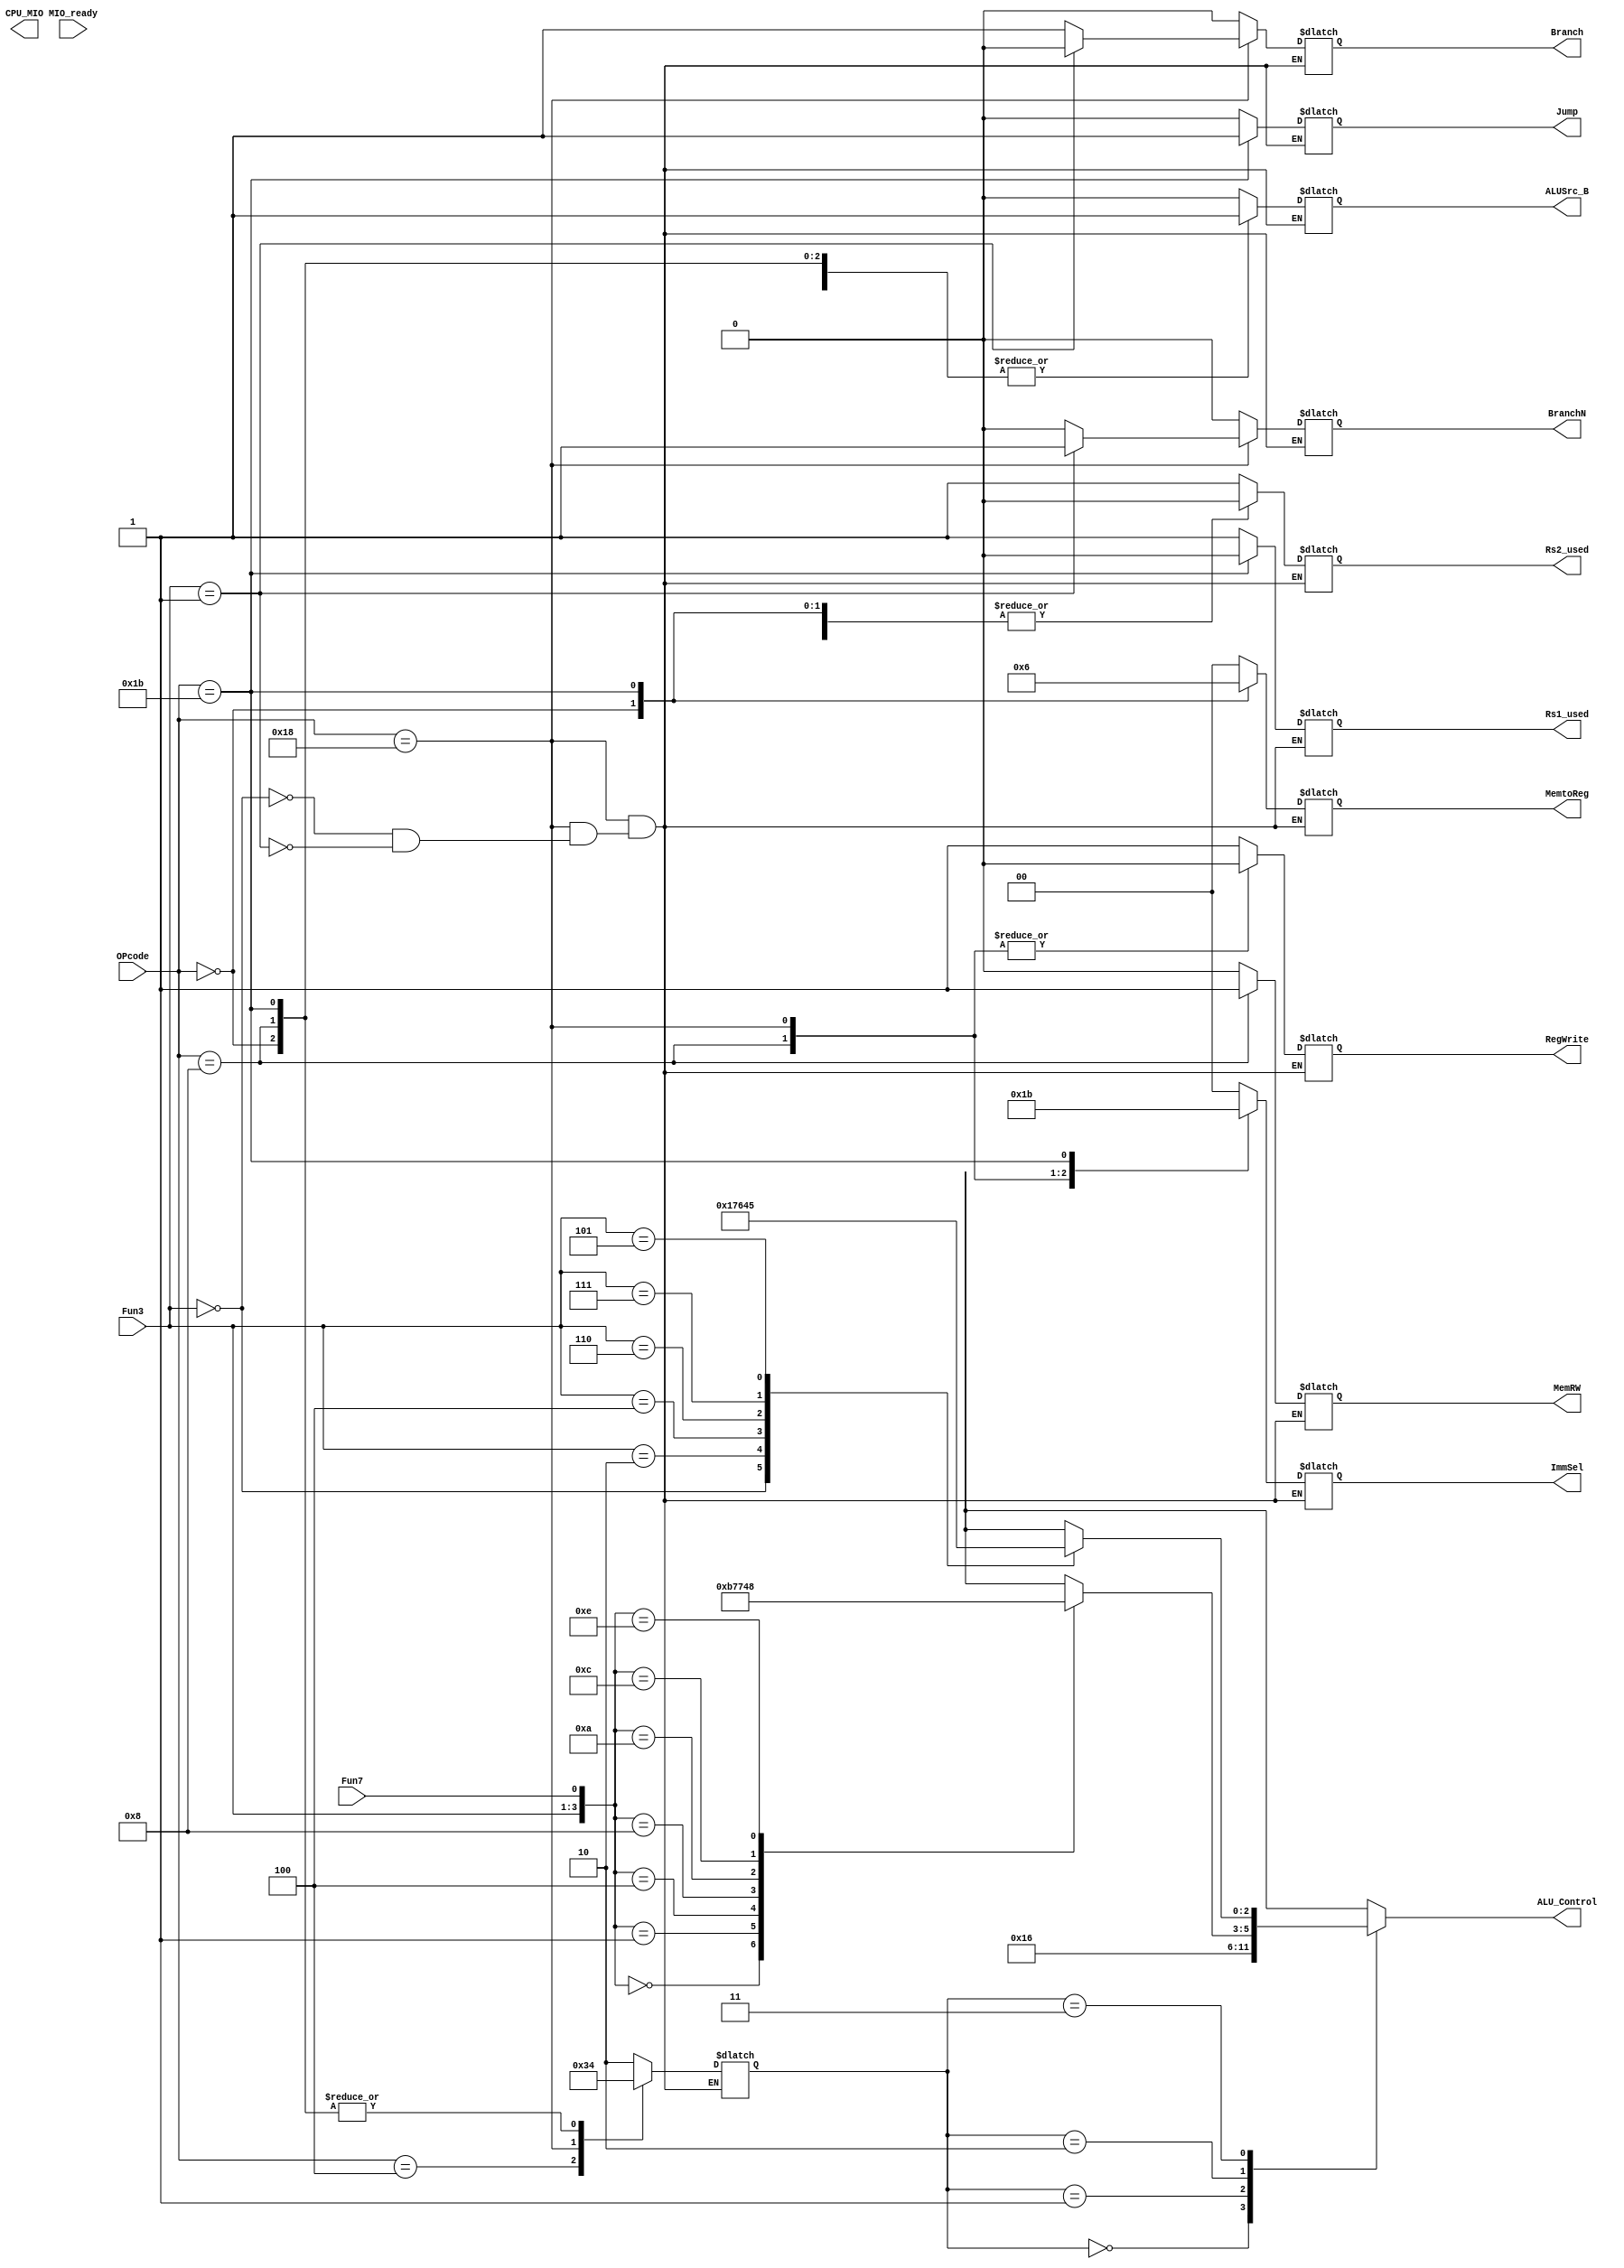
`timescale 1ns / 1ps
//////////////////////////////////////////////////////////////////////////////////
// Company: 
// Engineer: 
// 
// Design Name: 
// Module Name: SCPU_ctrl
// Project Name: 
// Target Devices: 
// Tool Versions: 
// Description: 
// 
// Dependencies: 
// 
// Revision:
// Revision 0.01 - File Created
// Additional Comments:
// 
//////////////////////////////////////////////////////////////////////////////////


module SCPU_ctrl(
input wire[4:0] OPcode,
input wire[2:0] Fun3,
input wire Fun7,
input wire MIO_ready,
output reg[1:0] ImmSel,
output reg ALUSrc_B,
output reg[1:0] MemtoReg,
output reg Jump, 
output reg Branch,
output reg BranchN,
output reg RegWrite,
output reg MemRW,
output reg[2:0] ALU_Control,
output reg CPU_MIO,
output reg Rs1_used,
output reg Rs2_used
    );
    reg[1:0] ALUop;
    wire[3:0] Fun;
    assign Fun={Fun3,Fun7};
    always@(*)
    begin
        case(OPcode)
        5'b01100: {ALUSrc_B,MemtoReg,RegWrite,MemRW,Branch,Jump,ALUop,ImmSel,BranchN,Rs1_used,Rs2_used} = 14'b0_00_1_0_0_0_10_00_0_11;
        5'b00100: {ALUSrc_B,MemtoReg,RegWrite,MemRW,Branch,Jump,ALUop,ImmSel,BranchN,Rs1_used,Rs2_used} = 14'b1_00_1_0_0_0_11_00_0_10;
        5'b00000: {ALUSrc_B,MemtoReg,RegWrite,MemRW,Branch,Jump,ALUop,ImmSel,BranchN,Rs1_used,Rs2_used} = 14'b1_01_1_0_0_0_00_00_0_10;
        5'b01000: {ALUSrc_B,MemtoReg,RegWrite,MemRW,Branch,Jump,ALUop,ImmSel,BranchN,Rs1_used,Rs2_used} = 14'b1_00_0_1_0_0_00_01_0_11;
        5'b11000: 
            case(Fun3)
            3'b000:{ALUSrc_B,MemtoReg,RegWrite,MemRW,Branch,Jump,ALUop,ImmSel,BranchN,Rs1_used,Rs2_used} = 14'b0_00_0_0_1_0_01_10_0_11;
            3'b001:{ALUSrc_B,MemtoReg,RegWrite,MemRW,Branch,Jump,ALUop,ImmSel,BranchN,Rs1_used,Rs2_used} = 14'b0_00_0_0_0_0_01_10_1_11;
            endcase
        5'b11011: {ALUSrc_B,MemtoReg,RegWrite,MemRW,Branch,Jump,ALUop,ImmSel,BranchN,Rs1_used,Rs2_used} = 14'b1_10_1_0_0_1_00_11_0_00;
        default: {ALUSrc_B,MemtoReg,RegWrite,MemRW,Branch,Jump,ALUop,ImmSel,BranchN,Rs1_used,Rs2_used} = 14'bxxxxxxxxxxxx;
        endcase
    end
    always@(*)
    begin
        case(ALUop)
        2'b00: ALU_Control = 3'b010;
        2'b01: ALU_Control = 3'b110;
        2'b10:
            case(Fun)
            4'b0000: ALU_Control = 3'b010;
            4'b0001: ALU_Control = 3'b110;
            4'b0100: ALU_Control = 3'b111;
            4'b1000: ALU_Control = 3'b011;
            4'b1010: ALU_Control = 3'b101;
            4'b1100: ALU_Control = 3'b001;
            4'b1110: ALU_Control = 3'b000;
            default: ALU_Control = 3'bx;
            endcase
        2'b11:
            case(Fun3)
            3'b000: ALU_Control = 3'b010;
            3'b010: ALU_Control = 3'b111;
            3'b100: ALU_Control = 3'b011;
            3'b110: ALU_Control = 3'b001;
            3'b111: ALU_Control = 3'b000;
            3'b101: ALU_Control = 3'b101;
            default: ALU_Control = 3'bx;
            endcase
        endcase
    end
endmodule